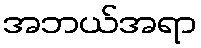
အဘယ်အရာ